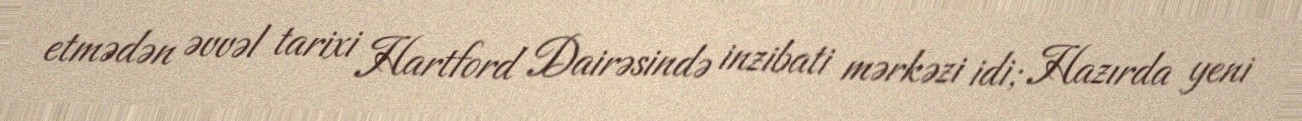
etmədən əvvəl tarixi Hartford Dairəsində inzibati mərkəzi idi; Hazırda yeni